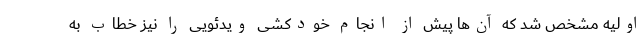
اولیه مشخص شد که آن‌ها پیش از انجام خودکشی ویدئویی را نیز خطاب به